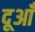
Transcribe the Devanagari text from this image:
दूआँ